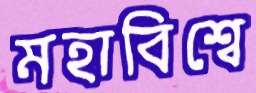
মহাবিশ্বে